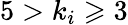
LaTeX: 5>k_{i}\geqslant 3